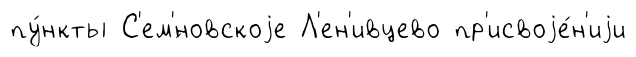
пу́нкты С'ем'́новскоjе Л'ен'ивцево пр'исвоjе́н'иjи